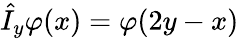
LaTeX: \hat{I}_{y}\varphi(x)=\varphi(2y-x)